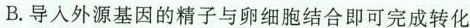
B.导入外源基因的精子与卵细胞结合即可完成转化